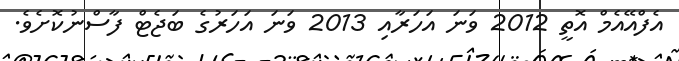
އެފްއޭއެމް އޮތީ 2012 ވަނަ އަހަރާއި 2013 ވަނަ އަހަރުގެ ބަޖެޓް ފާސްނުކޮށެވެ.